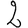
Digit: 2